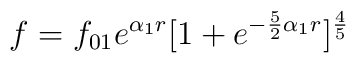
f = f_{01}e^{\alpha_1 r }[1 + e^{-\frac{5}{2}{\alpha_1}r}]^{\frac{4}{5}}